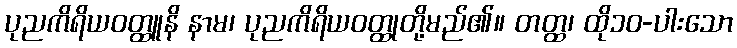
ပုညကိရိယဝတ္ထူနိ နာမ၊ ပုညကိရိယဝတ္ထုတို့မည်၏။ တတ္ထ၊ ထို၁၀-ပါးသော